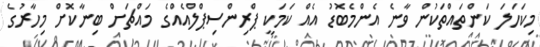
މިކަހަލަ ކަންތައްތަކުން ވާނެ އެންމެބޮޑު އެެއް ކަމަކީ ޕްރިންސިޕްލްއެއްގެ މައްޗަށް ބިނާކޮށް މިހާރުގެ